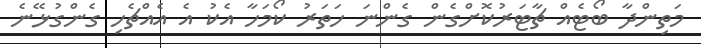
މަތިންދާ ބޯޓެއް ޗާޓަރުކޮށްގެން ގެންނަ ހަތަރު ކޯމަހާ އެކު އެ އެއްޗެހި ގެންގުޅޭނެ